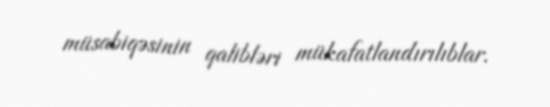
müsabiqəsinin qalibləri mükafatlandırılıblar.